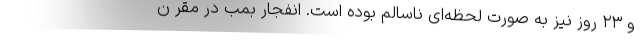
و ۲۳ روز نیز به صورت لحظه‌ای ناسالم بوده است. انفجار بمب در مقر ن